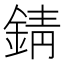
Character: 錆